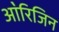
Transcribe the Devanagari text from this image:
आ॓रिजिन